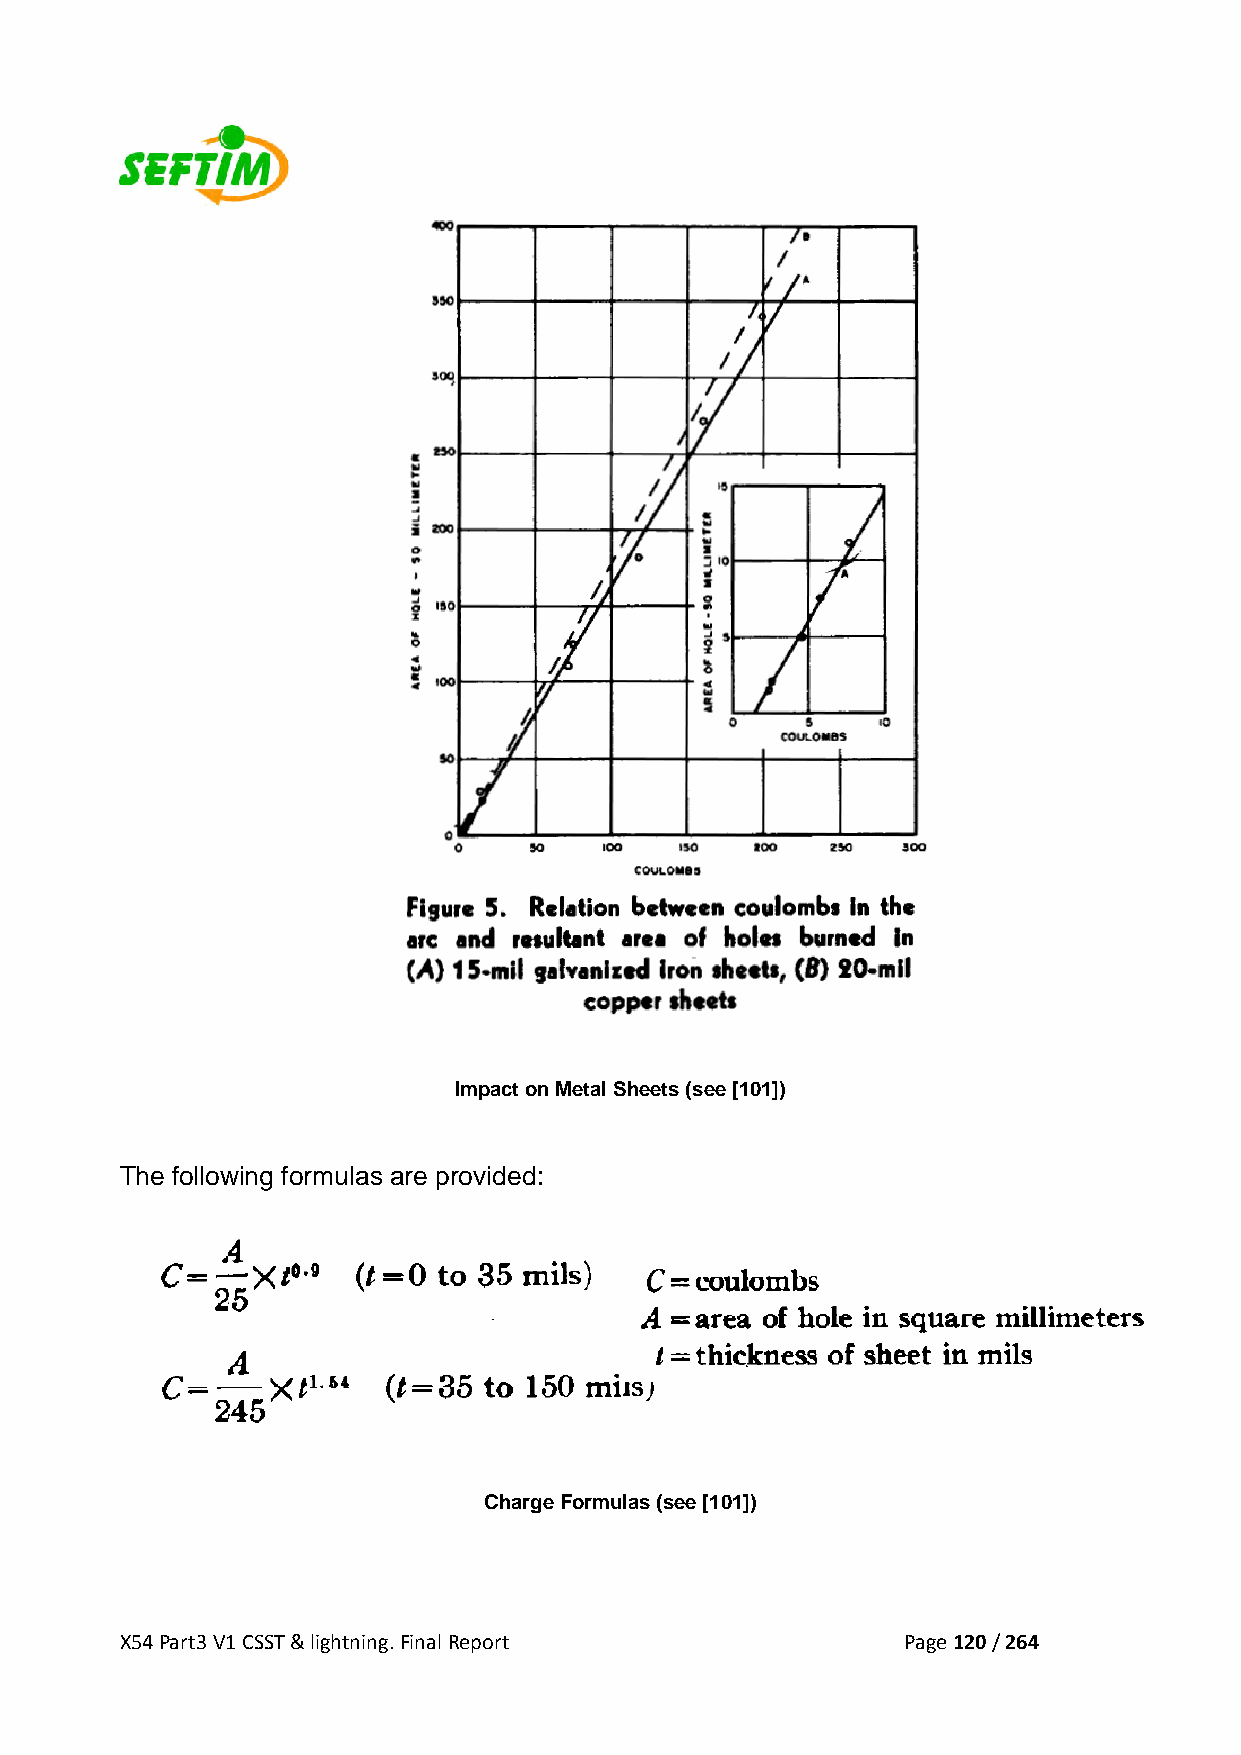
Impact on Metal Sheets (see [101])
 The following formulas are provided:
 Charge Formulas (see [101])
 X54 Part3 V1 CSST & lightning. Final Report         Page 120 / 264